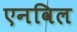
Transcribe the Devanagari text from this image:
एनविल